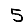
Digit: 5